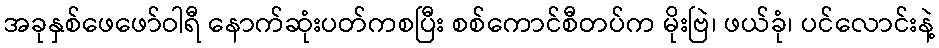
အခုနှစ်ဖေဖော်ဝါရီ နောက်ဆုံးပတ်ကစပြီး စစ်ကောင်စီတပ်က မိုးဗြဲ၊ ဖယ်ခုံ၊ ပင်လောင်းနဲ့